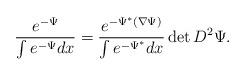
LaTeX: \begin{align*}\frac{e^{-\Psi}}{\int e^{-\Psi} dx} =\frac{e^{-\Psi^*(\nabla \Psi)}}{\int e^{-\Psi^*} dx} \det D^2 \Psi.\end{align*}